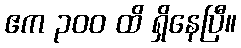
ဧက ၃၀၀ ထိ ရှိနေပြီ။